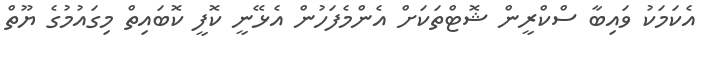
އެކަމަކު ވައިބާ ސްކްރީން ޝޮޓްތަކަށް އެންމެފަހުން އެޅޭނީ ކޮފީ ކޮބައިތް މިގައުމުގެ ޔޫތް